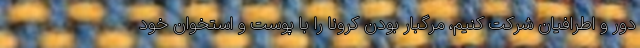
دور و اطرافیان شرکت کنیم، مرگبار بودن کرونا را با پوست و استخوان خود